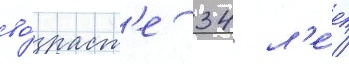
во́зраст'е 34 л'е́т /